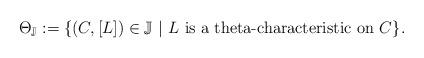
LaTeX: \begin{align*}\Theta_{\mathbb{J}}:=\{(C,[L])\in\mathbb{J}\ |\ L\ \textrm{is a theta-characteristic\ on}\ C\}.\end{align*}